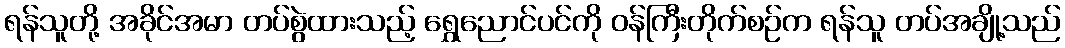
ရန်သူတို့ အခိုင်အမာ တပ်စွဲထားသည့် ရွှေညောင်ပင်ကို ဝန်ကြီးတိုက်စဉ်က ရန်သူ တပ်အချို့သည်